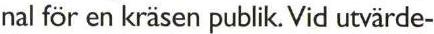
nal för en kräsen publik. Vid utvärde-